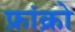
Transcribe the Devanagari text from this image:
फ्रांक्रो